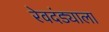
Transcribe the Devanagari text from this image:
रेवदंड्याला